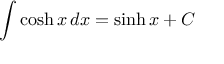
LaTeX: \int \cosh x \, d x = \sinh x + C